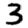
Digit: 3